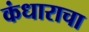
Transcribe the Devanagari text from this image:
कंधाराचा